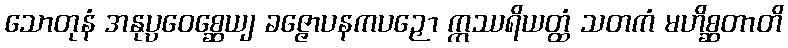
သောတုနံ အနုပ္ပဝေစ္ဆေယျ ခဇ္ဇောပနကပဉှော ဣဿရိယတ္ထံ သတကံ မဟိစ္ဆတာတိ